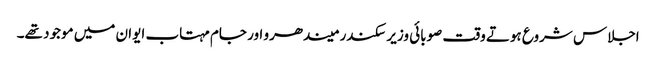
اجلاس شروع ہوتے وقت صوبائی وزیر سکندر میندھرو اور جام مہتاب ایوان میں موجود تھے۔